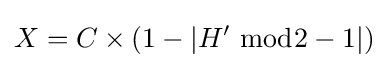
X=C\times (1-|H^{\prime }\;{\bmod {2}}-1|)